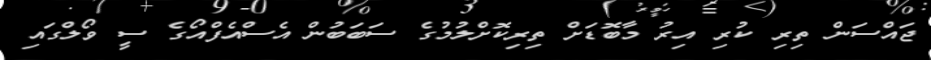
ޖައްސަން ތިރި ކުރި އިރު މާބޮޑަށް ތިރިކޮށްލުމުގެ ސަބަބުން އެސްއެފްއޯގެ ސީ ވޯލްގައި